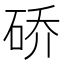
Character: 硚